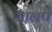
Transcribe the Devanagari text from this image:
मालप